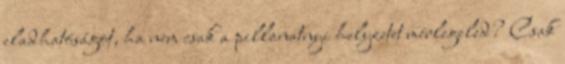
eladhatóságot, ha nem csak a pillanatnyi helyzetet mérlegeled? Csak